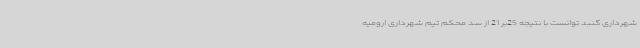
شهرداری گنبد توانست با نتیجه 25بر 21 از سد محکم تیم شهرداری ارومیه